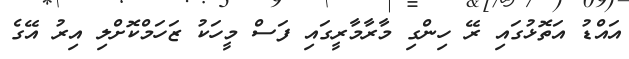
އައްޑު އަތޮޅުގައި ރޭ ހިންގި މާރާމާރީގައި ފަސް މީހަކު ޒަހަމްކޮށްލި އިރު އޭގެ